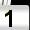
Digit: 1